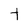
Character: t